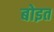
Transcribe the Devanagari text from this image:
बोइत